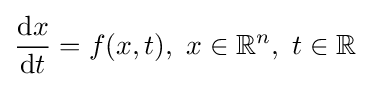
{\frac {\mathrm {d} x}{\mathrm {d} t}}=f(x,t),\ x\in \mathbb {R} ^{n},\ t\in \mathbb {R}